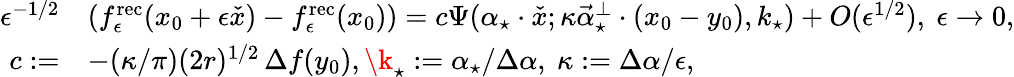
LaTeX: \begin{array}{rl}{\epsilon^{-1/2}}&{(f_{\epsilon}^{\mathrm{rec}}(x_{0}+\epsilon\check{x})-f_{\epsilon}^{\mathrm{rec}}(x_{0}))=c\Psi(\alpha_{\star}\cdot\check{x};\kappa\vec{\alpha}_{\star}^{\perp}\cdot(x_{0}-y_{0}),k_{\star})+O(\epsilon^{1/2}),\ \epsilon\to 0,}\\ {c:=}&{-(\kappa/\pi)(2r)^{1/2}\, \Delta f(y_{0}),\k_{\star}:=\alpha_{\star}/\Delta\alpha,\ \kappa:=\Delta\alpha/\epsilon,}\end{array}